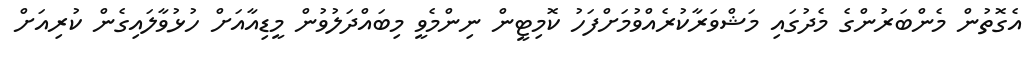
އެގޮތުން މެންބަރުންގެ މެދުގައި މަޝްވަރާކުރެއްވުމަށްފަހު ކޮމިޓީން ނިންމެވީ މިބައްދަލުވުން މީޑިއާއަށް ހުޅުވާލައިގެން ކުރިއަށް